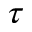
{ \tau }